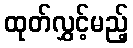
ထုတ်လွှင့်မည့်